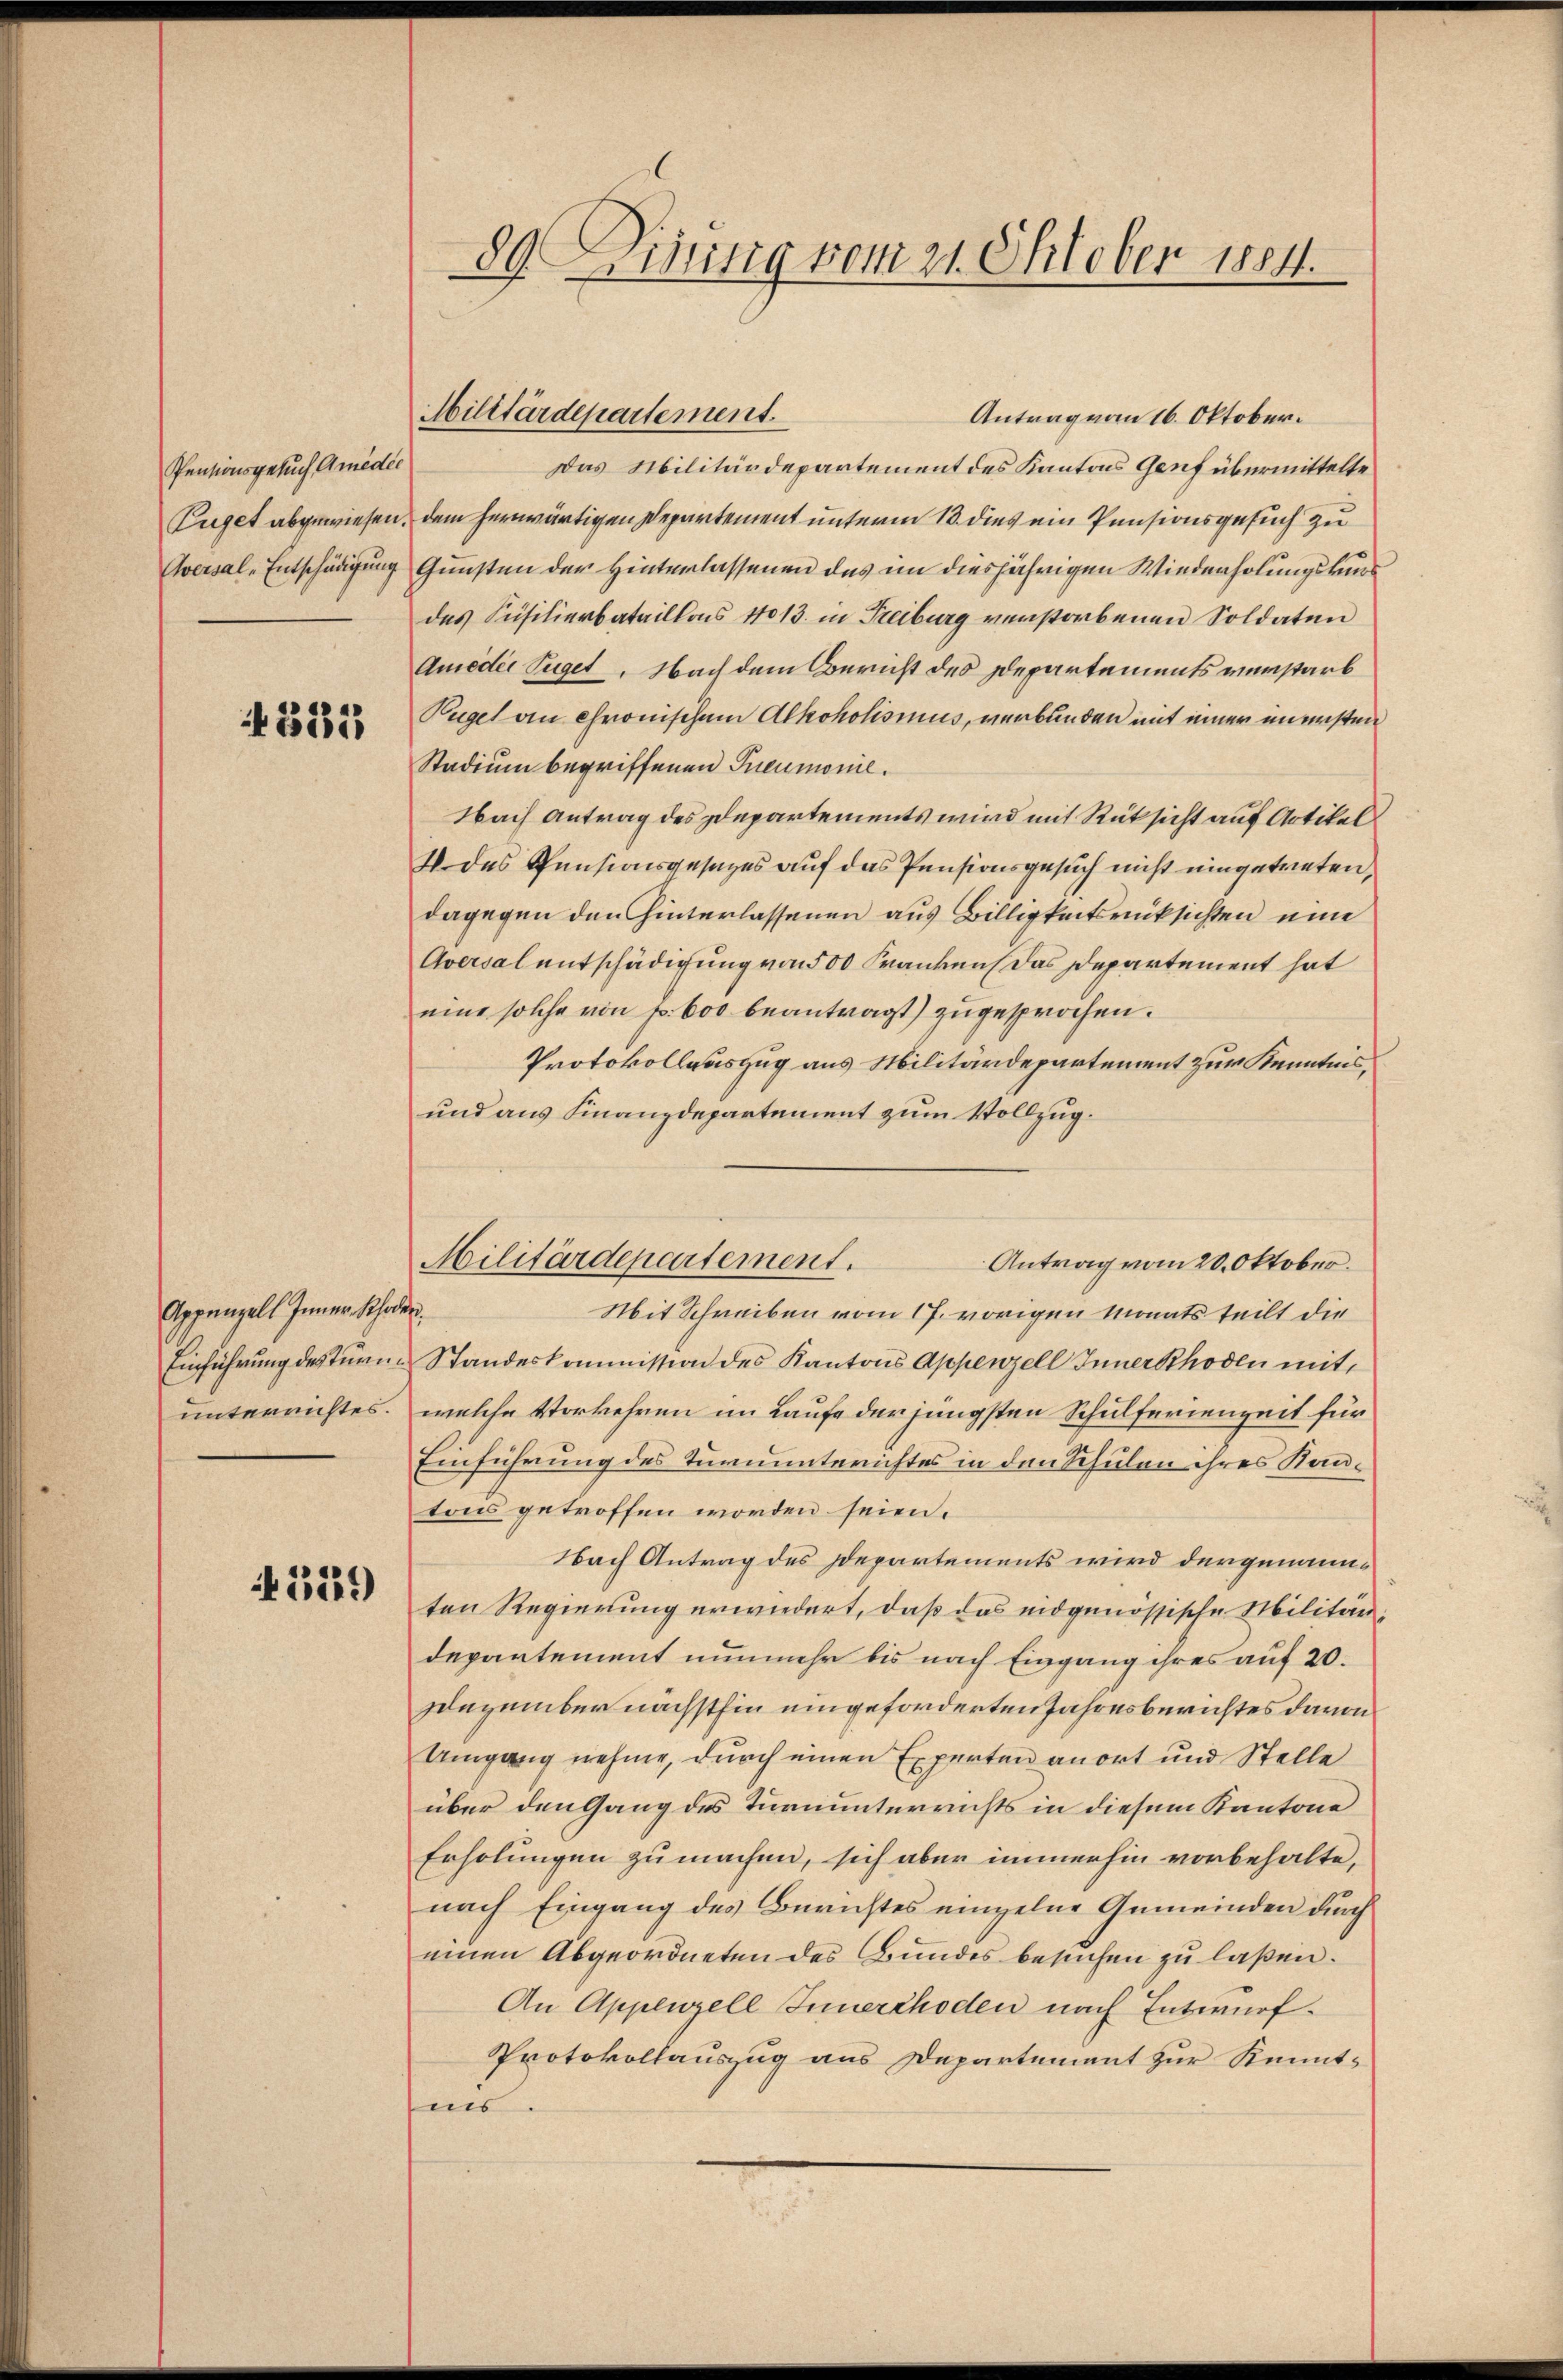
Pensionsgesuch Amedie
Puget abgewiesen.
Aversal-Entschädigung

333

Appenzell Inner Schaden
Einführung des Turn
unterrichtes.

A129)

89 Dining vom 21. Oktober 1884.

Militärdepartement.

Militärdepartement.

Antrag vom 16. Oktober.
Das Militärdepartement des Kantons Genf übermittelte
dem herwärtigen Departement unterm 13. dies ein Pensionsgesuch zu
Gunsten der Hinterlassenen das in diesjährigen Wiederholungskundes Füsilierbataillons 11013. in Treiburg verstorbenen Soldaten
Amedii füget. Nach dem Bericht des Departements verstarb
Pügel an chronischem Alkoholismus, verbunden mit einer unersten
Stadium begriffenen Ineumonie.
Nach Antrag des Departements wird mit Rüksicht auf Artikel
4 des Pensionsgesezes auf das Pensionsgesuch nicht eingetreten,
dagegen den hinterlassenen aus Billigkeitsrücksichten eine
Aversal entschädigung von 500 Franken, das Departement hat
eine solche von p. 600 beantragt) zugesprochen.
Protokollauszug aus Militärdepartement zur Kenntnis,
und aus Finanzdepartement zum Vollzug.
Antrag vom 20. Oktober.
2
Mit Schreiben vom 17. vorigen Monats teilt die
Standeskommission des Kantons Appenzell Appenzell mit
welche Vorkehren im Laufe der jüngsten Schulferienzeit für
Einführung des Turnunterichtes in den Schulen ihres Kantons getroffen worden seien.
Nach Antrag des Departements wird dergenannten Regierung erwiedert, daß das endgenössische Militärdepartement nunmehr bis nach Eingang ihres auf 20.
Dezember nächsthin eingeforderten Jahresberichtes davon
Umgang nehme, durch einen Experten anort und Stelle
über den Gang des Turnunterrichts in diesem Kantone
Erholungen zu machen, sich aber immerhin vorbehalte,
nach Eingang des Berichtes einzelne Gemeinden durch
einen Abgeordneten des Bundes besuchen zu laßen.
An Appenzell Innerchoden nach Entwurf.
Protokollauszug aus Departement zur Kennt-
uns